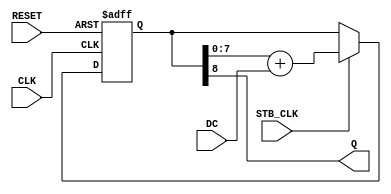
//=======================================================
//  PWM 
//  v1.1
//  20171018
//=======================================================

module pwm_8bit (CLK, RESET, STB_CLK, DC, Q);
input CLK;
input RESET;
input STB_CLK;
input [7:0] DC;  // Duty Cycle input
output Q;

reg [8:0] acc;      // accumulator has one more bit than the duty cycle
assign Q = acc[8];  // output is the 8th bit

initial acc = 0;

always @(posedge CLK or posedge RESET)
begin
  if (RESET) acc <= 0;
   else
    if(STB_CLK)
             acc <= acc[7:0] + DC;
end

endmodule


module pwm_var_width
#( parameter DC_WIDTH = 4 )
(
input CLK,
input RESET,
input STB_CLK,
input [DC_WIDTH-1:0] DC,  // Duty Cycle input
output Q
);

reg [DC_WIDTH-1:0] pwm_counter = 0;
reg pwm_out;

assign Q = pwm_out;


always @(posedge CLK or posedge RESET)
begin
  if (RESET) pwm_counter <= 0;
   else
    if(STB_CLK)
             pwm_counter++;
end

always @(posedge CLK)
  pwm_out <= (pwm_counter <= DC);


endmodule